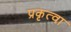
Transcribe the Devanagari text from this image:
प्रकृत्वा